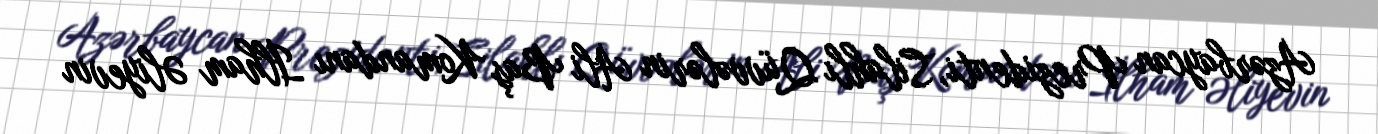
Azərbaycan Prezidenti, Silahlı Qüvvələrin Ali Baş Komandanı İlham Əliyevin